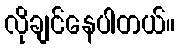
လိုချင်နေပါတယ်။